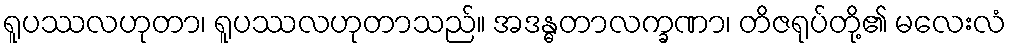
ရူပဿလဟုတာ၊ ရူပဿလဟုတာသည်။ အဒန္ဓတာလက္ခဏာ၊ တိဇရုပ်တို့၏ မလေးလံ